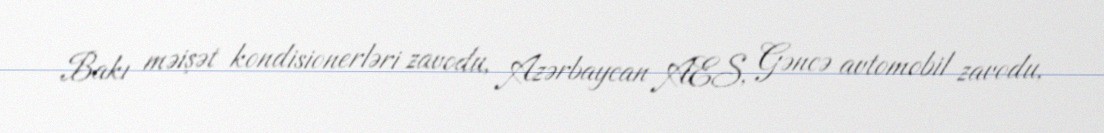
Bakı məişət kondisionerləri zavodu, Azərbaycan AES, Gəncə avtomobil zavodu,